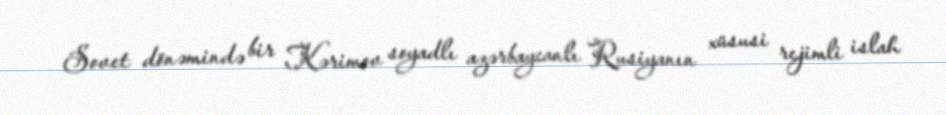
Sovet dönəmində bir Kərimov soyadlı azərbaycanlı Rusiyanın xüsusi rejimli islah